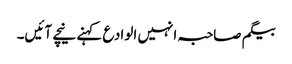
بیگم صاحبہ انہیں الوادع کہنے نیچے آئیں۔